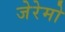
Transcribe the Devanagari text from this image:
जेरेमो